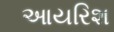
આયરિશ